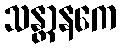
သန္တာနကေ